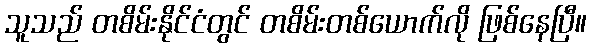
သူသည် တစိမ်းနိုင်ငံတွင် တစိမ်းတစ်ယောက်လို ဖြစ်နေပြီ။